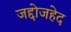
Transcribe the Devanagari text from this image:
जद्दोजहेद